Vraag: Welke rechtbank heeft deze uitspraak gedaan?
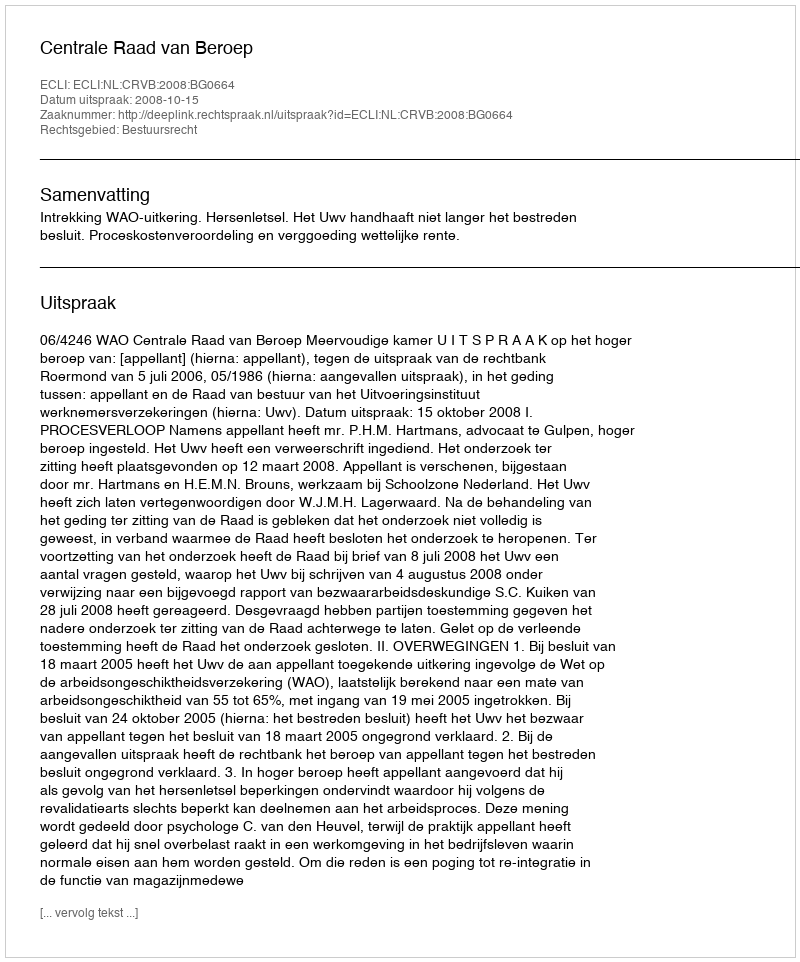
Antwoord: Centrale Raad van Beroep